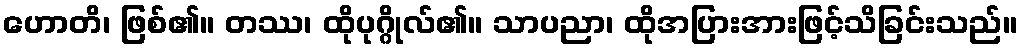
ဟောတိ၊ ဖြစ်၏။ တဿ၊ ထိုပုဂ္ဂိုလ်၏။ သာပညာ၊ ထိုအပြားအားဖြင့်သိခြင်းသည်။